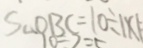
S _ { \Delta } O B C = 1 0 \div 1 \times 1